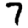
Digit: 7